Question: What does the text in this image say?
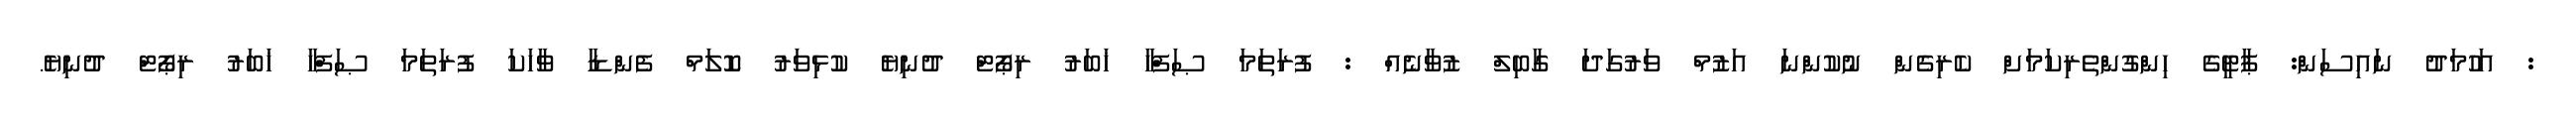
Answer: : އަހުމަދު ނައިސަން: ޕާޓީގެ ހިންގުންތެރިކަމަށް ކެރިގެން ނުކުންނަ އަޒުމް ވަރުގަދަ ގާބިލް ޒުވާނެއް : ފުރަތަމަ ޞަފްހާ ޚަބަރު ރިޕޯޓް ދުނިޔެ ކުޅިވަރު ކޮލަމް ފެންޑާ ވާހަކަ ފުރަތަމަ ޞަފްހާ ޚަބަރު ރިޕޯޓް ދުނިޔެ.